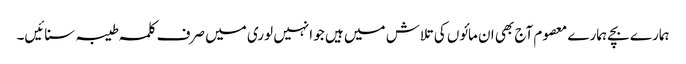
ہمارے بچے ہمارے معصوم آج بھی ان مائوں کی تلاش میں ہیں جو انہیں لوری میں صرف کلمہ طیبہ سنائیں۔